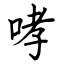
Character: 哮